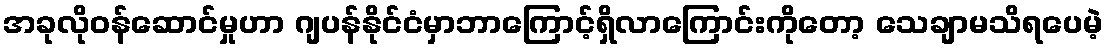
အခုလိုဝန်ဆောင်မှုဟာ ဂျပန်နိုင်ငံမှာဘာကြောင့်ရှိလာကြောင်းကိုတော့ သေချာမသိရပေမဲ့